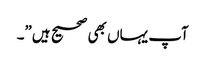
آپ یہاں بھی صحیح ہیں”۔